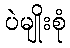
ပဲမျိုးစုံ